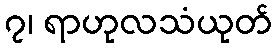
၇၊ ရာဟုလသံယုတ်